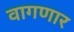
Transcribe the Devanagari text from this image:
वागणार